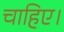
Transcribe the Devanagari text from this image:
चाहिए।